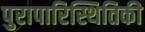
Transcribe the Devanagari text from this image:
पुरापारिस्थितिकी